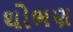
થોભણ